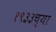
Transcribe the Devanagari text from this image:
१९३३च्या